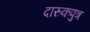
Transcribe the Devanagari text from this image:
दारुकपुत्र